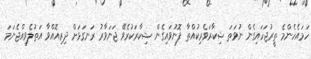
ހަމައެހެންމެ ތީރުޖަހައިގެން ނުވަތަ ޝިކާރަވެރިކުއްތާ ފޮނުވައިގެން ޝިކާރަކުރެވޭ ޖަނަވާރު ރަނގަޅަށް ދިރިއޮއްވާ އަތުލެވިއްޖެނަމަ